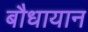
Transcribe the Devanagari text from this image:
बौधायान